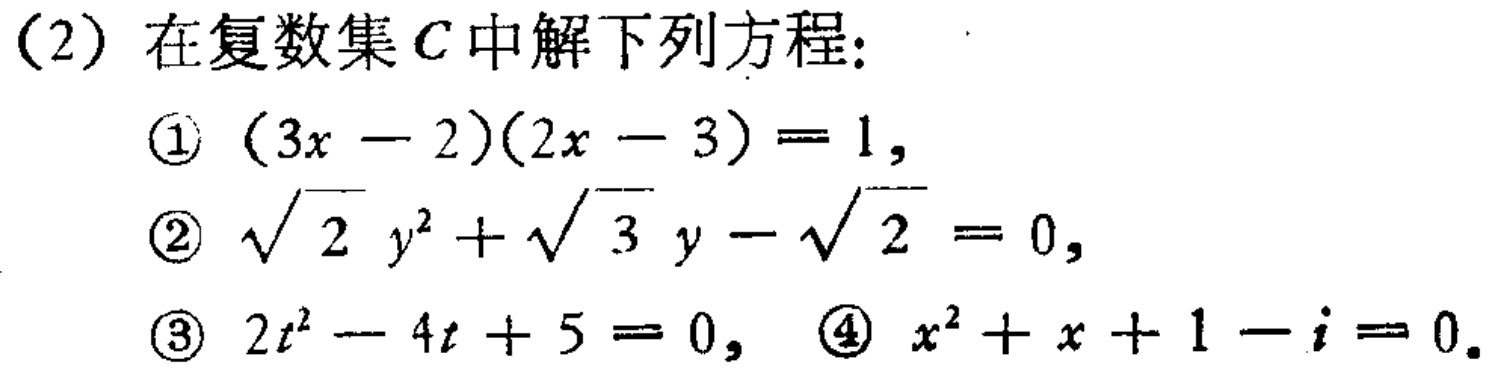
（2）在复数集\(C\)中解下列方程：
\textcircled{1}\((3x - 2)(2x - 3) = 1\)，
\textcircled{2}\(\sqrt{2}y^{2}+\sqrt{3}y - \sqrt{2} = 0\)，
\textcircled{3}\(2t^{2}-4t + 5 = 0\)，\textcircled{4}\(x^{2}+x + 1 - i = 0\)。